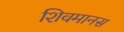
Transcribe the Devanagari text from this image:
शिवमानस